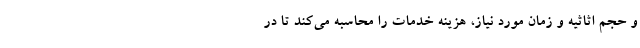
و حجم اثاثیه و زمان مورد نیاز، هزینه خدمات را محاسبه می‌کند تا در